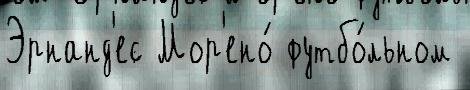
Эрнанд'ес Мор'ено́ футбо́льном